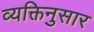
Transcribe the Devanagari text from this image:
व्यक्तिनुसार